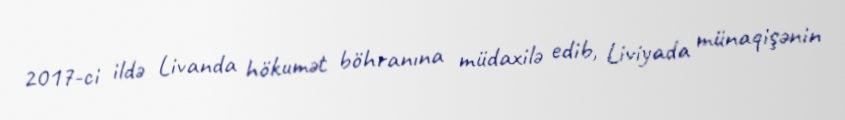
2017-ci ildə Livanda hökumət böhranına müdaxilə edib, Liviyada münaqişənin